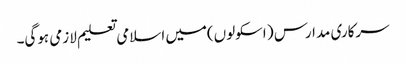
سرکاری مدارس ( اسکولوں)میں اسلامی تعلیم لازمی ہوگی۔